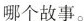
哪个故事。